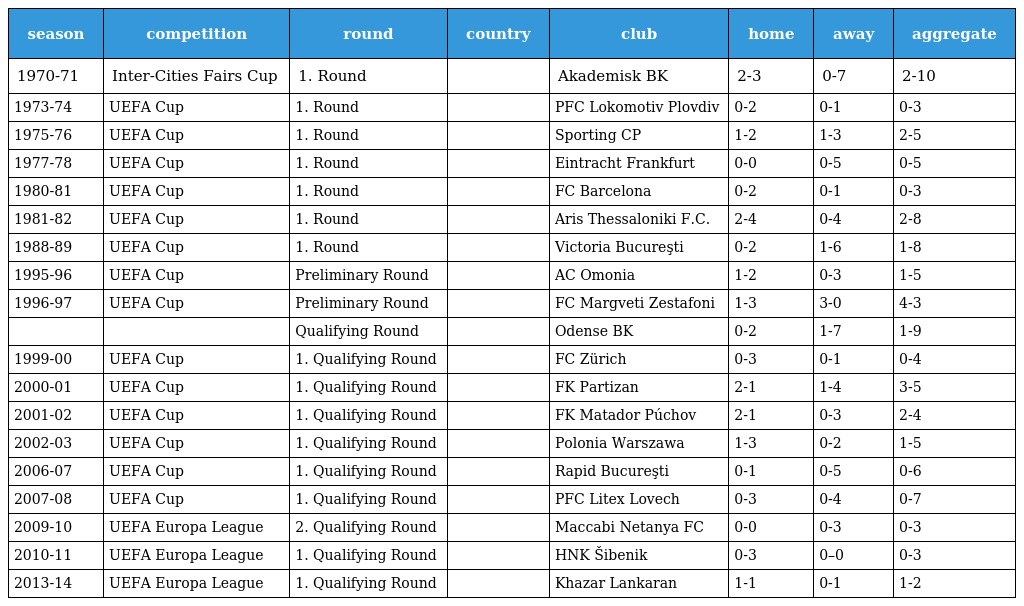
| season | competition | round | country | club | home | away | aggregate |
 | --- | --- | --- | --- | --- | --- | --- | --- |
 | 1970-71 | Inter-Cities Fairs Cup | 1. Round |  | Akademisk BK | 2-3 | 0-7 | 2-10 |
 | 1973-74 | UEFA Cup | 1. Round |  | PFC Lokomotiv Plovdiv | 0-2 | 0-1 | 0-3 |
 | 1975-76 | UEFA Cup | 1. Round |  | Sporting CP | 1-2 | 1-3 | 2-5 |
 | 1977-78 | UEFA Cup | 1. Round |  | Eintracht Frankfurt | 0-0 | 0-5 | 0-5 |
 | 1980-81 | UEFA Cup | 1. Round |  | FC Barcelona | 0-2 | 0-1 | 0-3 |
 | 1981-82 | UEFA Cup | 1. Round |  | Aris Thessaloniki F.C. | 2-4 | 0-4 | 2-8 |
 | 1988-89 | UEFA Cup | 1. Round |  | Victoria Bucureşti | 0-2 | 1-6 | 1-8 |
 | 1995-96 | UEFA Cup | Preliminary Round |  | AC Omonia | 1-2 | 0-3 | 1-5 |
 | 1996-97 | UEFA Cup | Preliminary Round |  | FC Margveti Zestafoni | 1-3 | 3-0 | 4-3 |
 |  |  | Qualifying Round |  | Odense BK | 0-2 | 1-7 | 1-9 |
 | 1999-00 | UEFA Cup | 1. Qualifying Round |  | FC Zürich | 0-3 | 0-1 | 0-4 |
 | 2000-01 | UEFA Cup | 1. Qualifying Round |  | FK Partizan | 2-1 | 1-4 | 3-5 |
 | 2001-02 | UEFA Cup | 1. Qualifying Round |  | FK Matador Púchov | 2-1 | 0-3 | 2-4 |
 | 2002-03 | UEFA Cup | 1. Qualifying Round |  | Polonia Warszawa | 1-3 | 0-2 | 1-5 |
 | 2006-07 | UEFA Cup | 1. Qualifying Round |  | Rapid Bucureşti | 0-1 | 0-5 | 0-6 |
 | 2007-08 | UEFA Cup | 1. Qualifying Round |  | PFC Litex Lovech | 0-3 | 0-4 | 0-7 |
 | 2009-10 | UEFA Europa League | 2. Qualifying Round |  | Maccabi Netanya FC | 0-0 | 0-3 | 0-3 |
 | 2010-11 | UEFA Europa League | 1. Qualifying Round |  | HNK Šibenik | 0-3 | 0–0 | 0-3 |
 | 2013-14 | UEFA Europa League | 1. Qualifying Round |  | Khazar Lankaran | 1-1 | 0-1 | 1-2 |